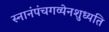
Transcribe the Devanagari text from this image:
स्नानंपंचगव्येनशुध्यति